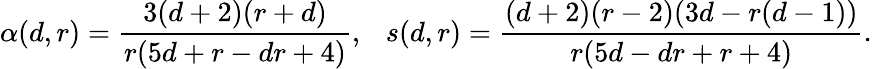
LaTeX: \alpha(d,r)=\frac{3(d+2)(r+d)}{r(5d+r-dr+4)},\ \ \ s(d,r)=\frac{(d+2)(r-2)(3d-r(d-1))}{r(5d-dr+r+4)}.